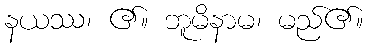
နယဿ၊ ၏။ ဘူမိနာမ၊ မည်၏။